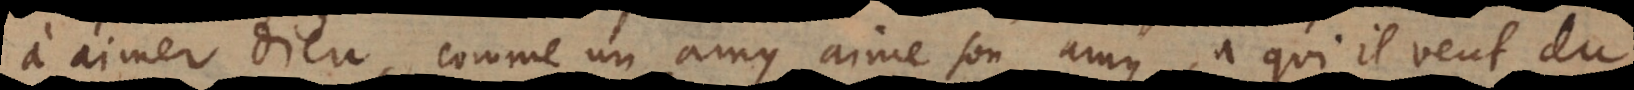
à aimer Dieu, comme un amy aime son amy à qui il veut du